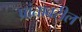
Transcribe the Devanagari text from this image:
प्रांतावरील